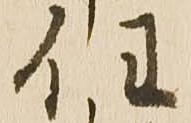
任